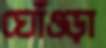
ঘোঁওড়া